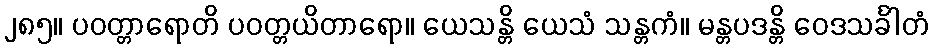
၂၈၅။ ပဝတ္တာရောတိ ပဝတ္တယိတာရော။ ယေသန္တိ ယေသံ သန္တကံ။ မန္တပဒန္တိ ဝေဒသင်္ခါတံ